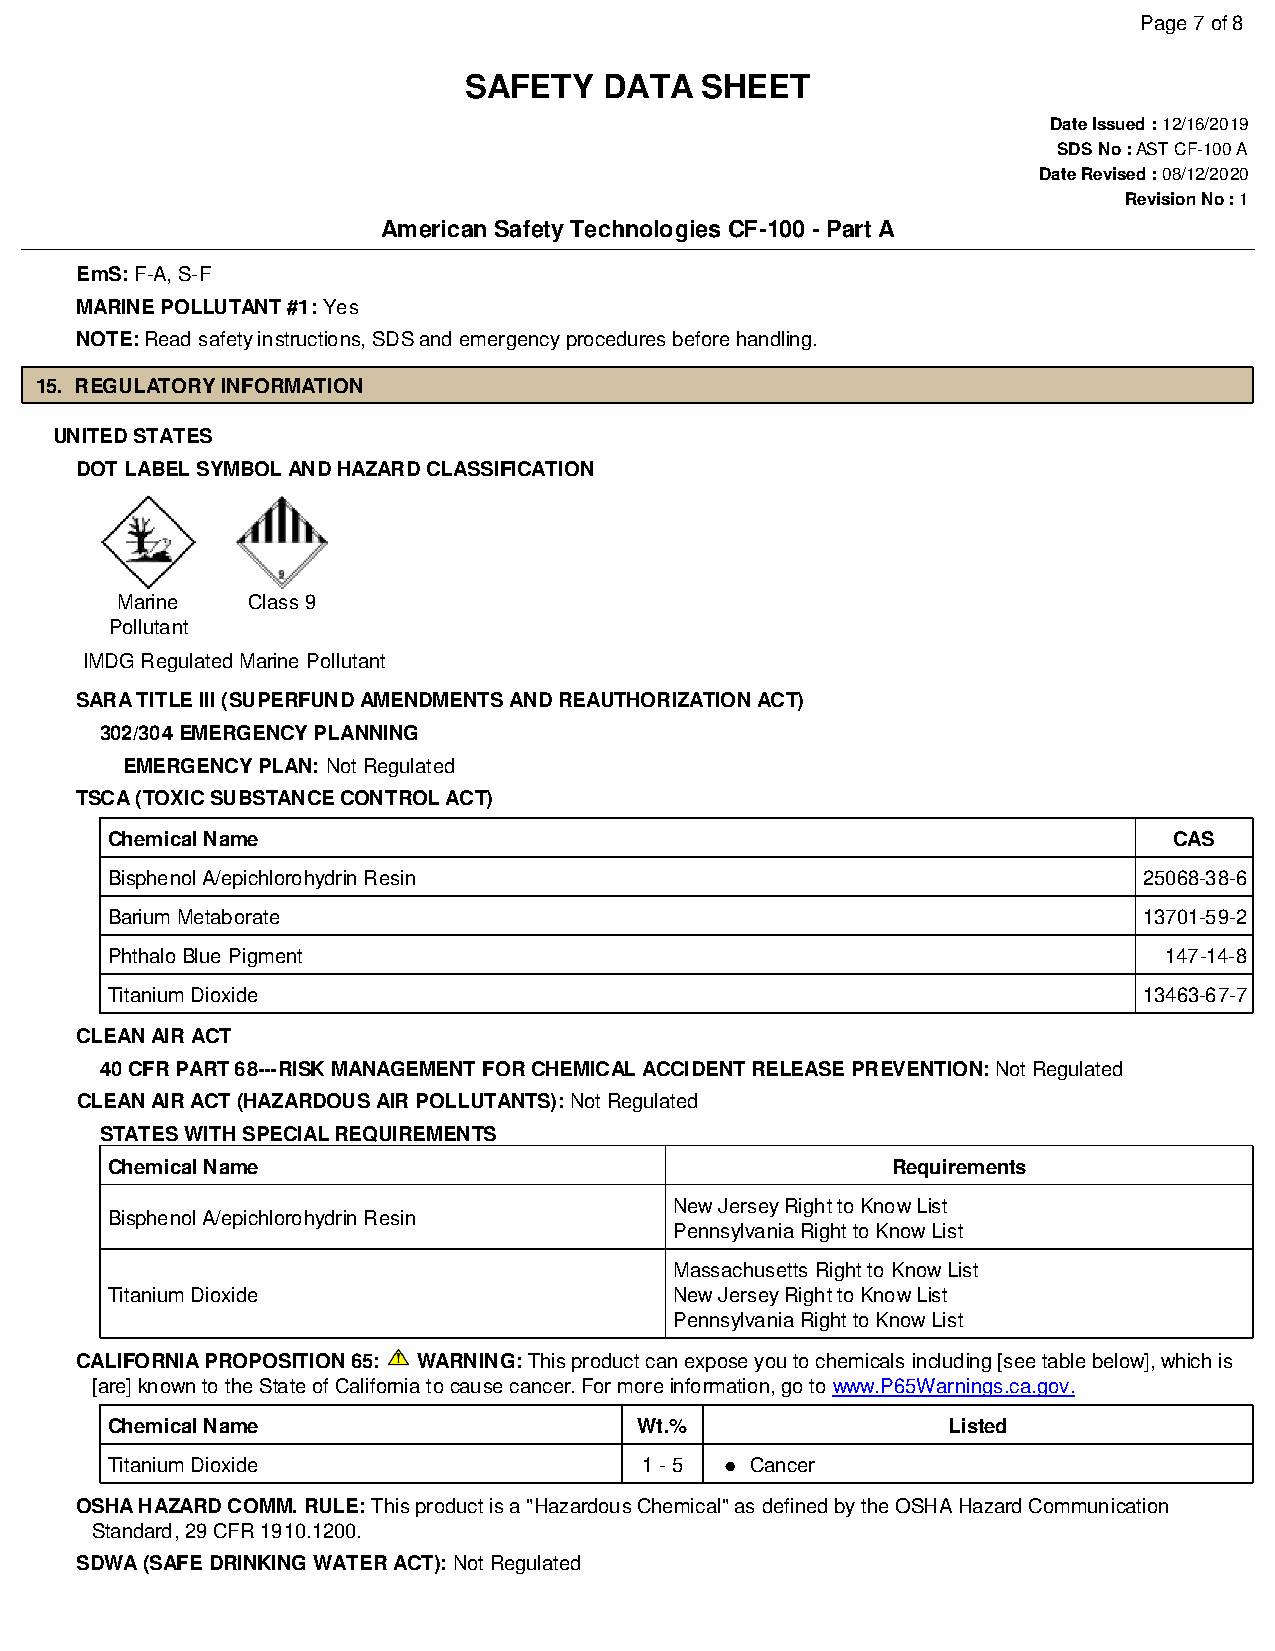
Page 7 of 8
 SAFETY   DATA  SHEET
 Date Issued : 12/16/2019
 SDS No : AST CF-100 A
 Date Revised : 08/12/2020
 Revision No : 1
 American Safety Technologies CF-100 - Part A
 EmS: F-A, S-F
 MARINE POLLUTANT #1: Yes
 NOTE: Read safety instructions, SDS and emergency procedures before handling.
 15. REGULATORY INFORMATION
 UNITED STATES
 DOT LABEL SYMBOL AND HAZARD CLASSIFICATION
 Marine  Class 9
 Pollutant
 IMDG Regulated Marine Pollutant
 SARA TITLE III (SUPERFUND AMENDMENTS AND REAUTHORIZATION ACT)
 302/304 EMERGENCY PLANNING
 EMERGENCY PLAN: Not Regulated
 TSCA (TOXIC SUBSTANCE CONTROL ACT)
 Chemical Name                                                          CAS
 Bisphenol A/epichlorohydrin Resin                                    25068-38-6
 Barium Metaborate                                                    13701-59-2
 Phthalo Blue Pigment                                                  147-14-8
 Titanium Dioxide                                                     13463-67-7
 CLEAN AIR ACT
 40 CFR PART 68---RISK MANAGEMENT FOR CHEMICAL ACCIDENT RELEASE PREVENTION: Not Regulated
 CLEAN AIR ACT (HAZARDOUS AIR POLLUTANTS): Not Regulated
 STATES WITH SPECIAL REQUIREMENTS
 Chemical Name                                       Requirements
 New Jersey Right to Know List
 Bisphenol A/epichlorohydrin Resin
 Pennsylvania Right to Know List
 Massachusetts Right to Know List
 Titanium Dioxide                      New Jersey Right to Know List
 Pennsylvania Right to Know List
 CALIFORNIA PROPOSITION 65: WARNING: This product can expose you to chemicals including [see table below], which is
 [are] known to the State of California to cause cancer. For more information, go to www.P65Warnings.ca.gov.
 Chemical Name                      Wt.%                 Listed
 Titanium Dioxide                    1 - 5  Cancer
 OSHA HAZARD COMM. RULE: This product is a "Hazardous Chemical" as defined by the OSHA Hazard Communication
 Standard, 29 CFR 1910.1200.
 SDWA (SAFE DRINKING WATER ACT): Not Regulated